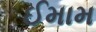
ઈમામ